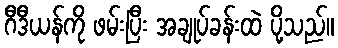
ဂီဒီယန်ကို ဖမ်းပြီး အချုပ်ခန်းထဲ ပို့သည်။